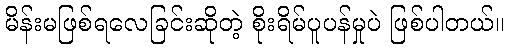
မိန်းမဖြစ်ရလေခြင်းဆိုတဲ့ စိုးရိမ်ပူပန်မှုပဲ ဖြစ်ပါတယ်။